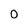
Character: O